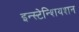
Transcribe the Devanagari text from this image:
इन्स्टेन्शियशन